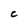
Character: C